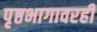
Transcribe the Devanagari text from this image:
पृष्ठभागावरही